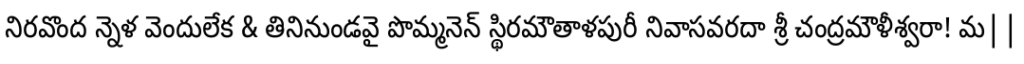
నిరవొంద న్నెళ వెందులేక & తినినుండవై పొమ్మనెన్ స్థిరమౌతాళపురీ నివాసవరదా శ్రీ చంద్రమౌళీశ్వరా! మ||